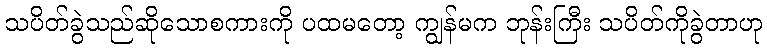
သပိတ်ခွဲသည်ဆိုသောစကားကို ပထမတော့ ကျွန်မက ဘုန်းကြီး သပိတ်ကိုခွဲတာဟု